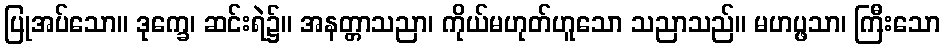
ပြုအပ်သော။ ဒုက္ခေ၊ ဆင်းရဲ၌။ အနတ္တာသညာ၊ ကိုယ်မဟုတ်ဟူသော သညာသည်။ မဟပ္ဖသာ၊ ကြီးသော